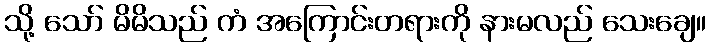
သို့ သော် မိမိသည် ကံ အကြောင်းတရားကို နားမလည် သေးချေ။